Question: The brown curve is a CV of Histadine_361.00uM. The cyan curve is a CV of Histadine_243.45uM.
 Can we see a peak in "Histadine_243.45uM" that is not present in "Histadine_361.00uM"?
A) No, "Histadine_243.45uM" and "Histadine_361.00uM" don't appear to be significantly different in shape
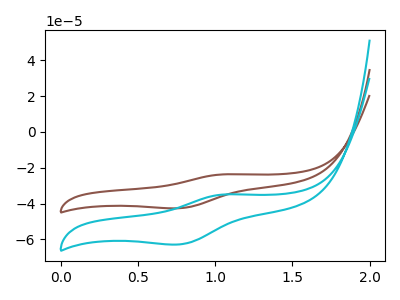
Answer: <think>The brown curve "Histadine_361.00uM" has an anodic peak at (1.05V, -23.70uA) and a cathodic peak at (0.75V, -42.60uA). The cyan curve "Histadine_243.45uM" has an anodic peak at (1.05V, -34.90uA) and a cathodic peak at (0.75V, -62.80uA).
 All the peaks in "Histadine_243.45uM" have a peak in "Histadine_361.00uM" at the same potential.</think>
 <answer>A) No, "Histadine_243.45uM" and "Histadine_361.00uM" don't appear to be significantly different in shape</answer>
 <eval>A</eval>